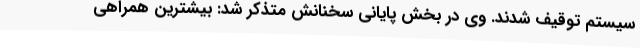
سیستم توقیف شدند. وی در بخش پایانی سخنانش متذکر شد: بیشترین همراهی